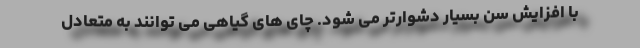
با افزایش سن بسیار دشوارتر می شود. چای های گیاهی می توانند به متعادل